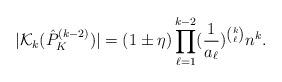
LaTeX: \begin{align*}|\mathcal{K}_k(\hat{P}^{(k-2)}_K)|= (1\pm \eta) \prod \limits_{\ell=1}^{k-2} (\frac{1}{a_{\ell}})^{\binom{k}{\ell}} n^k.\end{align*}